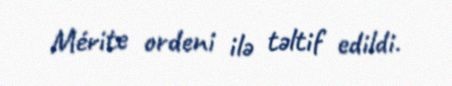
Mérite ordeni ilə təltif edildi.